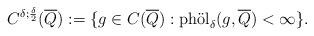
LaTeX: \begin{align*}C^{\delta; \frac{\delta}{2}}(\overline{Q}) := \{g \in C(\overline{Q}): \mathrm{ph\ddot{o}l}_\delta(g,\overline{Q}) < \infty \}.\end{align*}